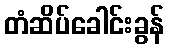
တံဆိပ်ခေါင်းခွန်